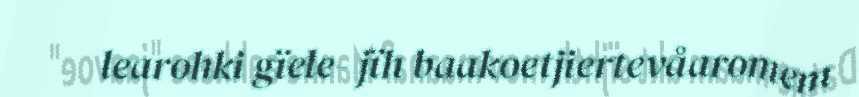
learohki gïele- jïh baakoetjiertevåaromem